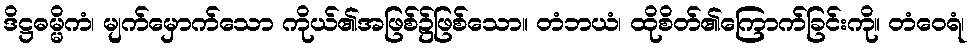
ဒိဋ္ဌဓမ္မိကံ၊ မျက်မှောက်သော ကိုယ်၏အဖြစ်၌ဖြစ်သော။ တံဘယံ၊ ထိုစိတ်၏ကြောက်ခြင်းကို။ တံဝေရံ၊